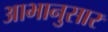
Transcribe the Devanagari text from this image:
आभानुसार